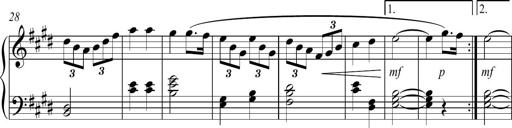
Title: Sonatina no. 2
Composer: Brian Henderson-Sellers
Key: G major